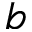
b